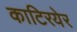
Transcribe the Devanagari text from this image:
काटिरयेर